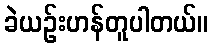
ခဲယဉ်းဟန်တူပါတယ်။